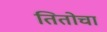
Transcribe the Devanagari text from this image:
तितोचा